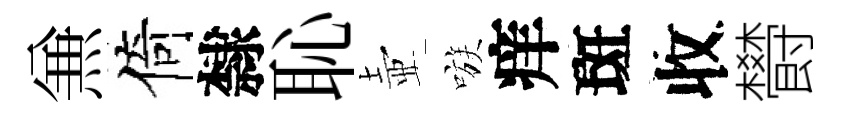
𠔥倚隸恥壺嗾痒斑收欎